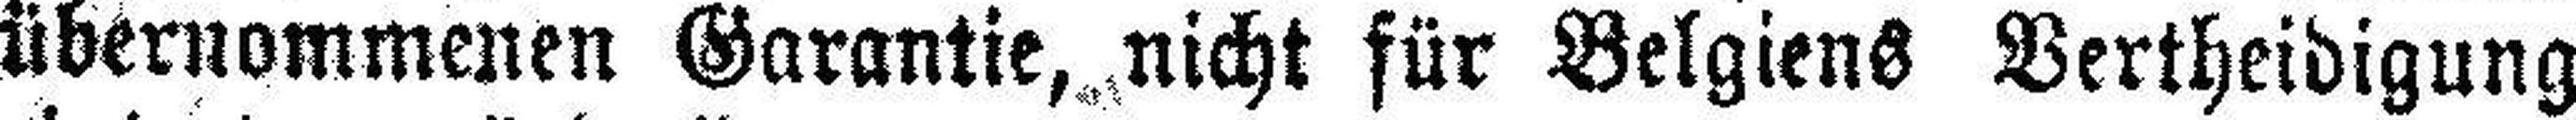
übernommenen Garantie, nicht für Belgiens Vertheidigung